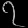
Digit: ၇